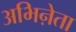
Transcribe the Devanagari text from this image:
अभिऩेता